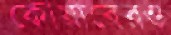
কোয়াবেরও